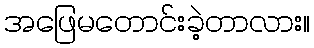
အဖြေမတောင်းခဲ့တာလား။